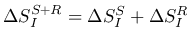
\Delta S _ { I } ^ { S + R } = \Delta S _ { I } ^ { S } + \Delta S _ { I } ^ { R }